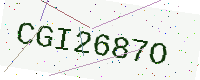
Text: CGI2687O